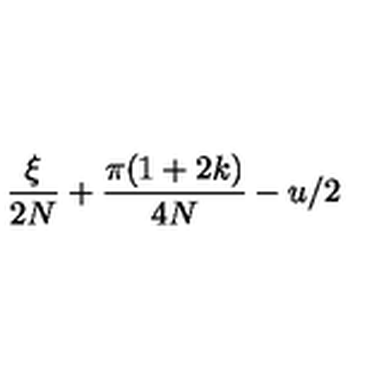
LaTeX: \frac { \xi } { 2 N } + \frac { \pi ( 1 + 2 k ) } { 4 N } - u / 2